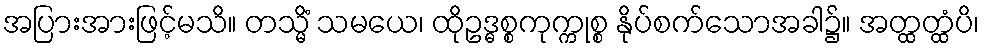
အပြားအားဖြင့်မသိ။ တသ္မိံ သမယေ၊ ထိုဥဒ္ဓစ္စကုက္ကုစ္စ နိုပ်စက်သောအခါ၌။ အတ္ထတ္ထံပိ၊